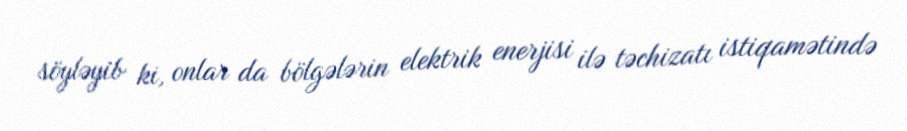
söyləyib ki, onlar da bölgələrin elektrik enerjisi ilə təchizatı istiqamətində